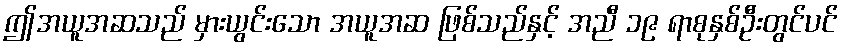
ဤအယူအဆသည် မှားယွင်းသော အယူအဆ ဖြစ်သည်နှင့် အညီ ၁၉ ရာစုနှစ်ဦးတွင်ပင်